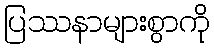
ပြဿနာများစွာကို